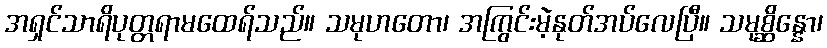
အရှင်သာရိပုတ္တရာမထေရ်သည်။ သမုဟတော၊ အကြွင်းမဲ့နုတ်အပ်လေပြီ။ သမုစ္ဆိန္နော၊